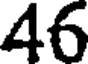
46